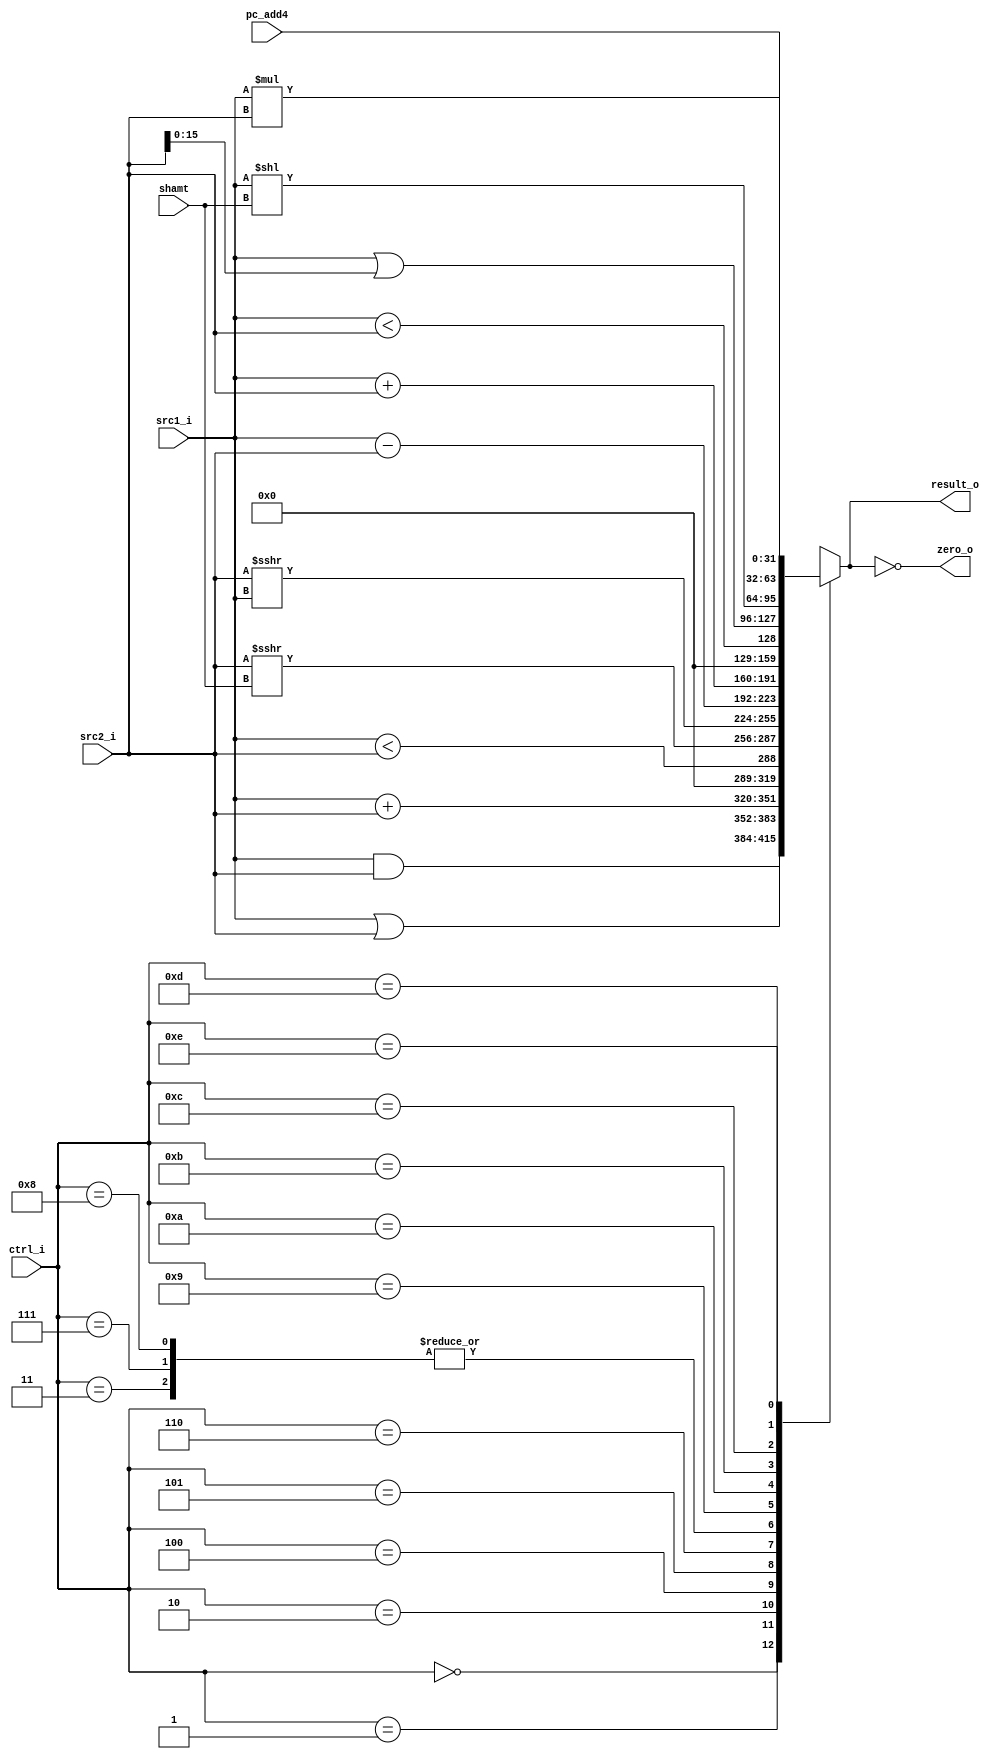
//Subject:     CO project 2 - ALU 
//--------------------------------------------------------------------------------
//Version:     2.0
//--------------------------------------------------------------------------------
//Writer:      AiOoo0616077 3AeAOc0616091
//----------------------------------------------
//----------------------------------------------
//Description: 
//--------------------------------------------------------------------------------

module ALU(
    src1_i,
    src2_i,
    ctrl_i,
    shamt,
    pc_add4,
    result_o,
    zero_o
    );
     
//I/O ports
input  [32-1:0]  src1_i;
input  [32-1:0]  src2_i;
input  [4-1:0]   ctrl_i;
input  [5-1:0]   shamt;
input  [32-1:0]  pc_add4;

output [32-1:0]  result_o;
output           zero_o;

//Internal signals
reg    [32-1:0]  result_o;
wire             zero_o;

wire        [32-1:0] unsigned_src1,
                     unsigned_src2;
wire signed [32-1:0] signed_src1,
                     signed_src2;

//Parameter

// R Type
parameter AND   =   0;
parameter OR    =   1;
parameter ADDU  =   2;
parameter SUBU  =   3;
parameter SLT   =   4;
parameter SRA   =   5;
parameter SRAV  =   6;

// I type
parameter BEQ   =   7;
parameter BNE   =   8;
parameter ADDI  =   9;
parameter SLTIU =   10;
// parameter LUI   =   11;
parameter ORI   =   11;

// new function
parameter SLL   =   12;
parameter MUL   =   13;
parameter JAL   =   14;

//Main function
assign zero_o = (result_o == 0);
assign unsigned_src1 = src1_i;
assign unsigned_src2 = src2_i;
assign signed_src1 = src1_i;
assign signed_src2 = src2_i;

always @(*) begin
    case (ctrl_i)
        AND     : result_o <= src1_i & src2_i;
        OR      : result_o <= src1_i | src2_i;
        ADDU    : result_o <= unsigned_src1 + unsigned_src2;
        SUBU    : result_o <= unsigned_src1 - unsigned_src2;
        SLT     : result_o <= (signed_src1 < signed_src2);
        SRA     : result_o <= signed_src2 >>> shamt;     // sign bit shifted
        SRAV    : result_o <= signed_src2 >>> signed_src1;    // sign bit shifted
        
        BEQ     : result_o <= src1_i - src2_i; // zero if true
        BNE        : result_o <= src1_i - src2_i; // zero if false
        ADDI    : result_o <= signed_src1 + signed_src2;
        SLTIU   : result_o <= (unsigned_src1 < unsigned_src2);
        // LUI     : result_o <= {src2_i[15:0], 16'b0};
        ORI     : result_o <= src1_i | {16'b0, src2_i[15:0]};
        
        SLL     : result_o <= src1_i << shamt; // shamt will be 0
        MUL     : result_o <= src1_i * src2_i;
        JAL     : result_o <= pc_add4;
        
        default : result_o <= 32'bx;
    endcase
end

endmodule